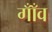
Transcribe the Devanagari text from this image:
गाँँव